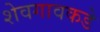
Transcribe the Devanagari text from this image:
शेवगावकडे